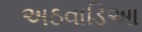
અઠવાડિઆ